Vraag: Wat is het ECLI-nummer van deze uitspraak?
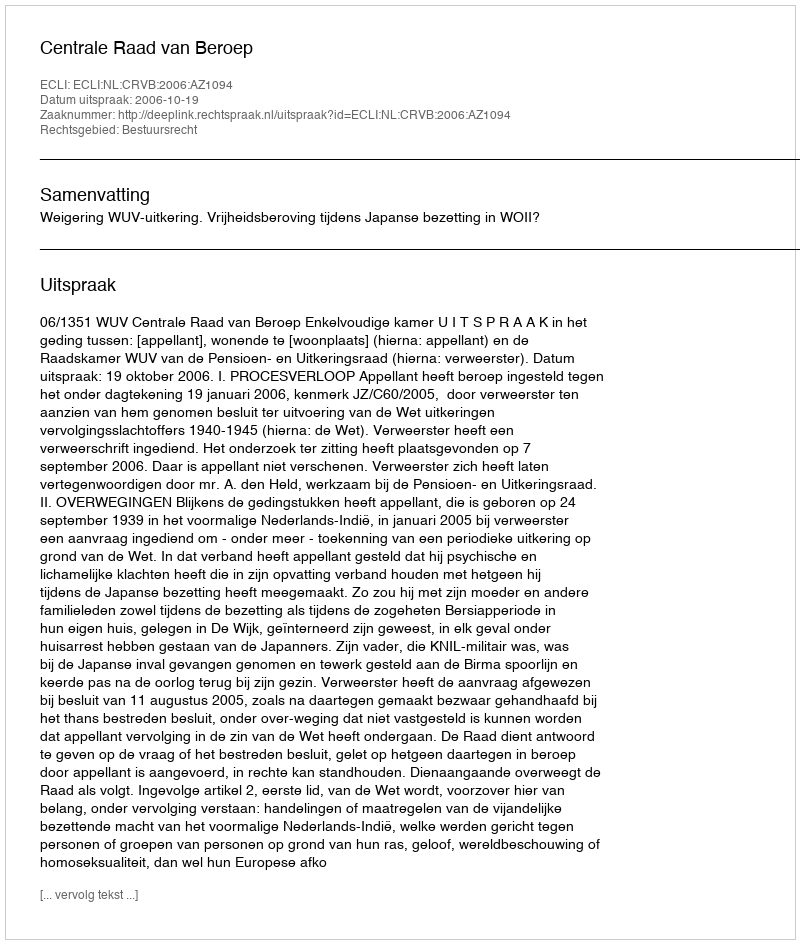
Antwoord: ECLI:NL:CRVB:2006:AZ1094